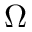
\Omega